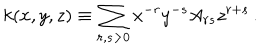
LaTeX: k ( x , y , z ) \equiv \sum _ { r , s > 0 } x ^ { - r } y ^ { - s } A _ { r s } z ^ { r + s } \, .